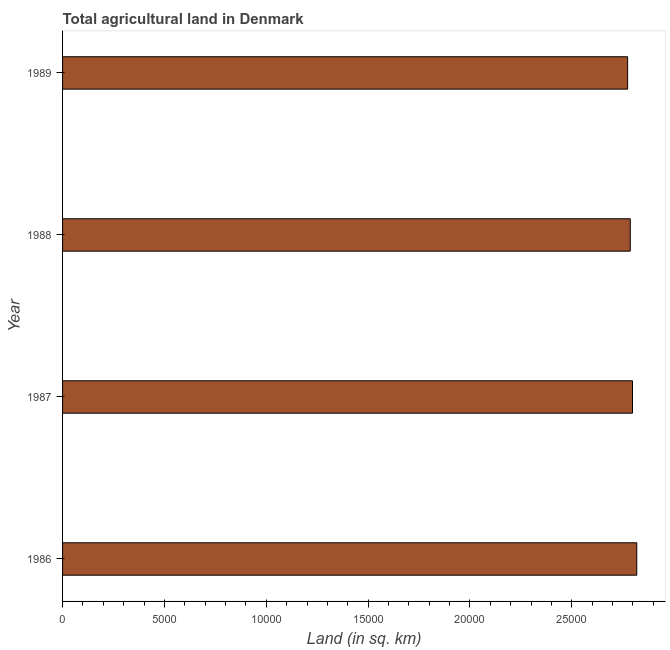
| Year | Agricultural land (sq. km) |
 | --- | --- |
 | 1986 | 2.82e+04 |
 | 1987 | 2.8e+04 |
 | 1988 | 2.79e+04 |
 | 1989 | 2.77e+04 |